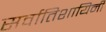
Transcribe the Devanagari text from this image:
सर्वातिशायिनी